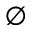
\varnothing